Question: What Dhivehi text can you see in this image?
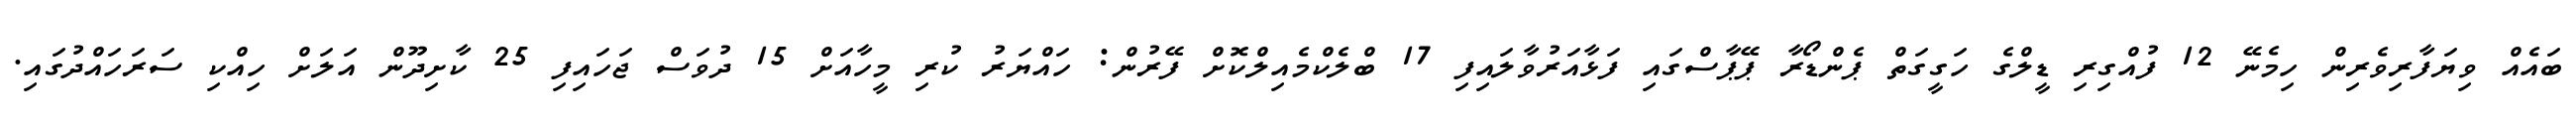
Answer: ބައެއް ވިޔަފާރިވެރިން ހިމެނޭ 12 ފުއްގިރި ޑީލްގެ ހަގީގަތް ޕެންޑޯރާ ޕޭޕާސްގައި ފަޅާއަރުވާލައިފި 17 ބްލެކްމެއިލްކޮށް ފޭރުން: ހައްޔަރު ކުރި މީހާއަށް 15 ދުވަސް ޖަހައިފި 25 ކާށިދޫން އަލަށް ހިއްކި ސަރަހައްދުގައި.